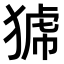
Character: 𤟝